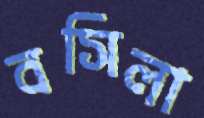
বসিলা